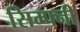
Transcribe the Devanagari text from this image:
सिम्फ्नी